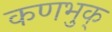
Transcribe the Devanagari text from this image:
कणभुक्